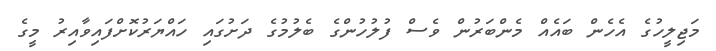
މަޖިލީހުގެ އެހެން ބައެއް މެންބަރުން ވެސް ފުލުހުންގެ ބެލުމުގެ ދަށުގައި ހައްޔަރުކޮށްފައިވާއިރު މީގެ